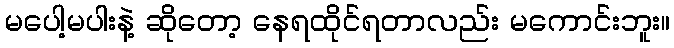
မပေါ့မပါးနဲ့ ဆိုတော့ နေရထိုင်ရတာလည်း မကောင်းဘူး။